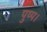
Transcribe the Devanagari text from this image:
पुष्प।